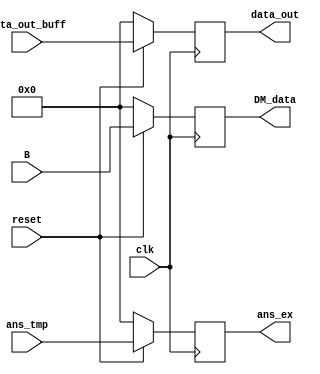
`timescale 1ns / 1ps
//////////////////////////////////////////////////////////////////////////////////
// Company: 
// Engineer: 
// 
// Design Name: 
// Module Name:    Reg 
// Project Name: 
// Target Devices: 
// Tool versions: 
// Description: 
//
// Dependencies: 
//
// Revision: 
// Revision 0.01 - File Created
// Additional Comments: 
//
//////////////////////////////////////////////////////////////////////////////////
module Reg(ans_ex, data_out, DM_data ,ans_tmp, data_out_buff , B,clk, reset);

input clk,reset;
input [7:0] ans_tmp, data_out_buff, B;
output reg [7:0] ans_ex, data_out, DM_data;
wire [7:0] temp1, temp2, temp3;

assign temp1=(reset==0)? 8'b00000000 : ans_tmp;                     
assign temp2=(reset==0)? 8'b00000000 : data_out_buff;
assign temp3=(reset==0)? 8'b00000000 : B;

always @(posedge clk)
begin
	ans_ex=temp1;
	data_out=temp2;
	DM_data=temp3;
	
end

endmodule